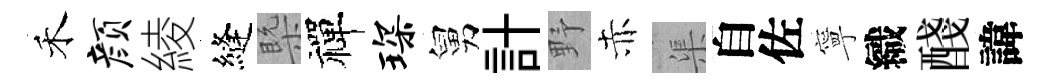
禾颜綾縫槩禪琛舅計野赤渠自佐寧織醆諱